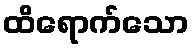
ထိရောက်သော